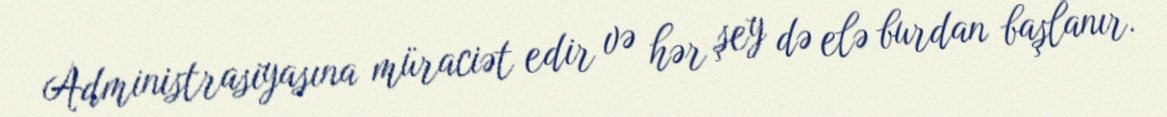
Administrasiyasına müraciət edir və hər şey də elə burdan başlanır.